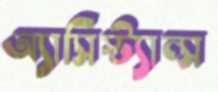
অ্যাসিস্ট্যান্স